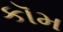
કૉમ